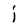
Character: i